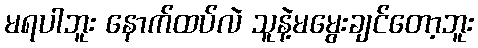
မရပါဘူး နောက်ထပ်လဲ သူနဲ့မမွေးချင်တော့ဘူး